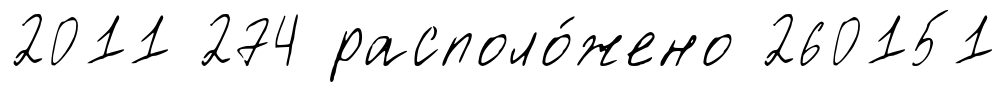
2011 274 располо́жено 260151